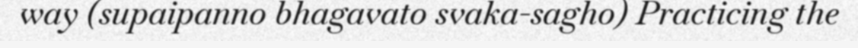
way (supaipanno bhagavato svaka-sagho) Practicing the